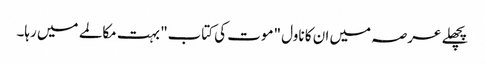
پچھلے عرصہ میں ان کا ناول "موت کی کتاب" بہت مکالمے میں رہا۔